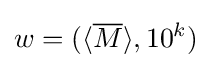
w=(\langle {\overline {M}}\rangle ,10^{k})